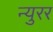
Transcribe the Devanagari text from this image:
न्युरर